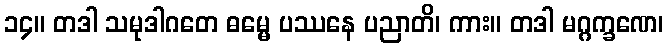
၁၄။ တဒါ သမုဒါဂတေ ဓမ္မေ ပဿနေ ပညာတိ၊ ကား။ တဒါ မဂ္ဂက္ခဏေ၊